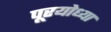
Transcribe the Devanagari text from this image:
पूरयोध्या